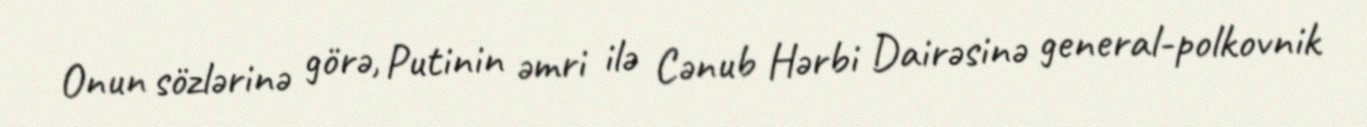
Onun sözlərinə görə, Putinin əmri ilə Cənub Hərbi Dairəsinə general-polkovnik